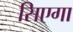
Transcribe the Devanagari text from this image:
सिएगा